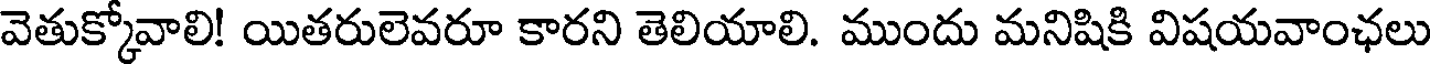
వెతుక్కోవాలి! యితరులెవరూ కారని తెలియాలి. ముందు మనిషికి విషయవాంఛలు